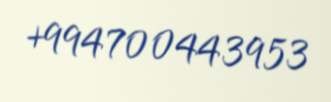
+994700443953